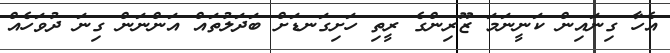
އެހާ ގިނައިން ކަނީނަމަ ޒޫރިންގެ ރީތި ހަށިގަނޑަށް ބަދަލުތައް އަންނަން ގިނަ ދުވަހެއް